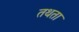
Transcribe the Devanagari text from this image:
तथता